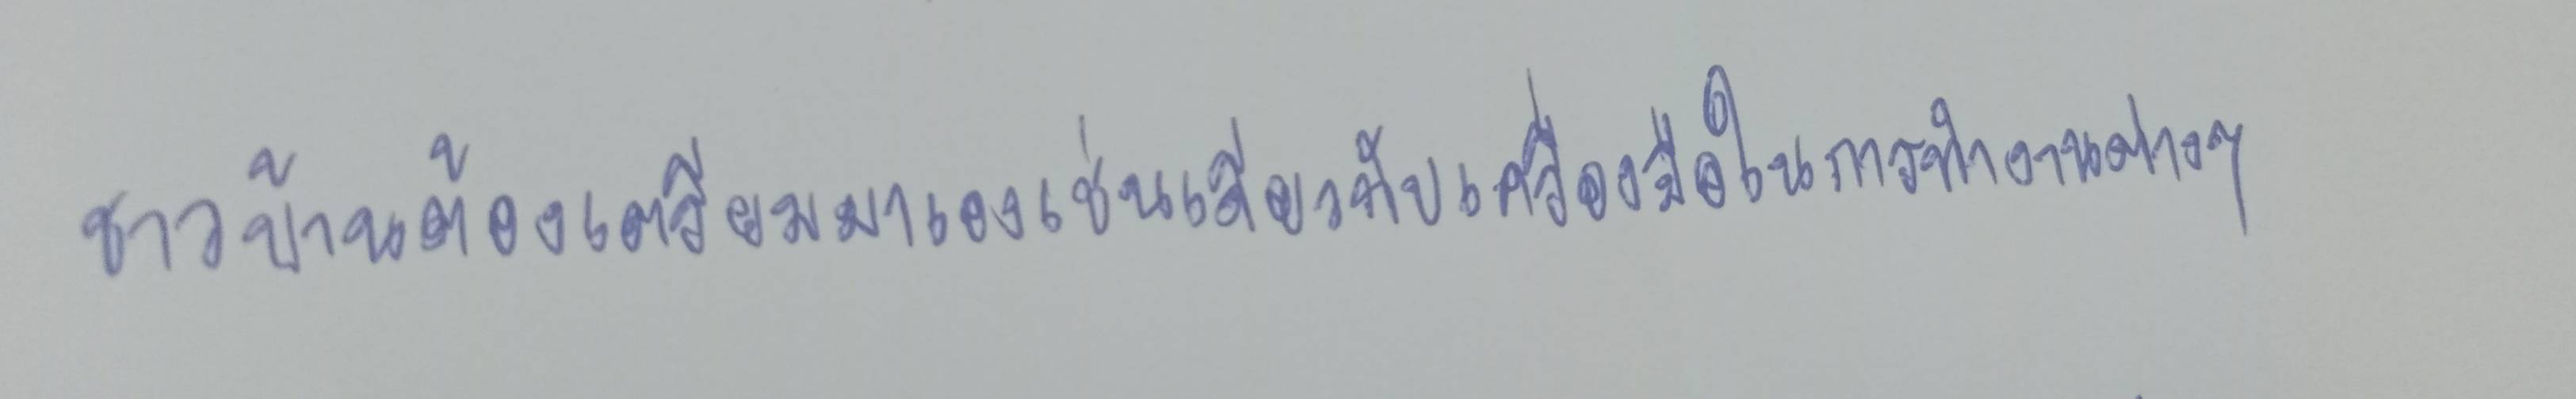
ชาวบ้านต้องเตรียมมาเองเช่นเดียวกับเครื่องมือในการทำงานต่างๆ